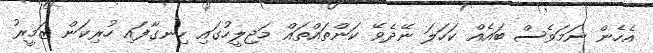
އެހެން ނަމަވެސް ބައެއް ކަހަލަ ނޭދެވޭ ކަންތައްތައް މަޖިލީހުގައި ހިނގާފައި ހުރިކަން ޒަމީރު